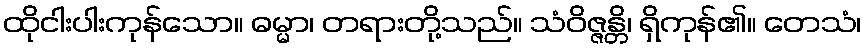
ထိုငါးပါးကုန်သော။ ဓမ္မာ၊ တရားတို့သည်။ သံဝိဇ္ဇန္တိ၊ ရှိကုန်၏။ တေသံ၊